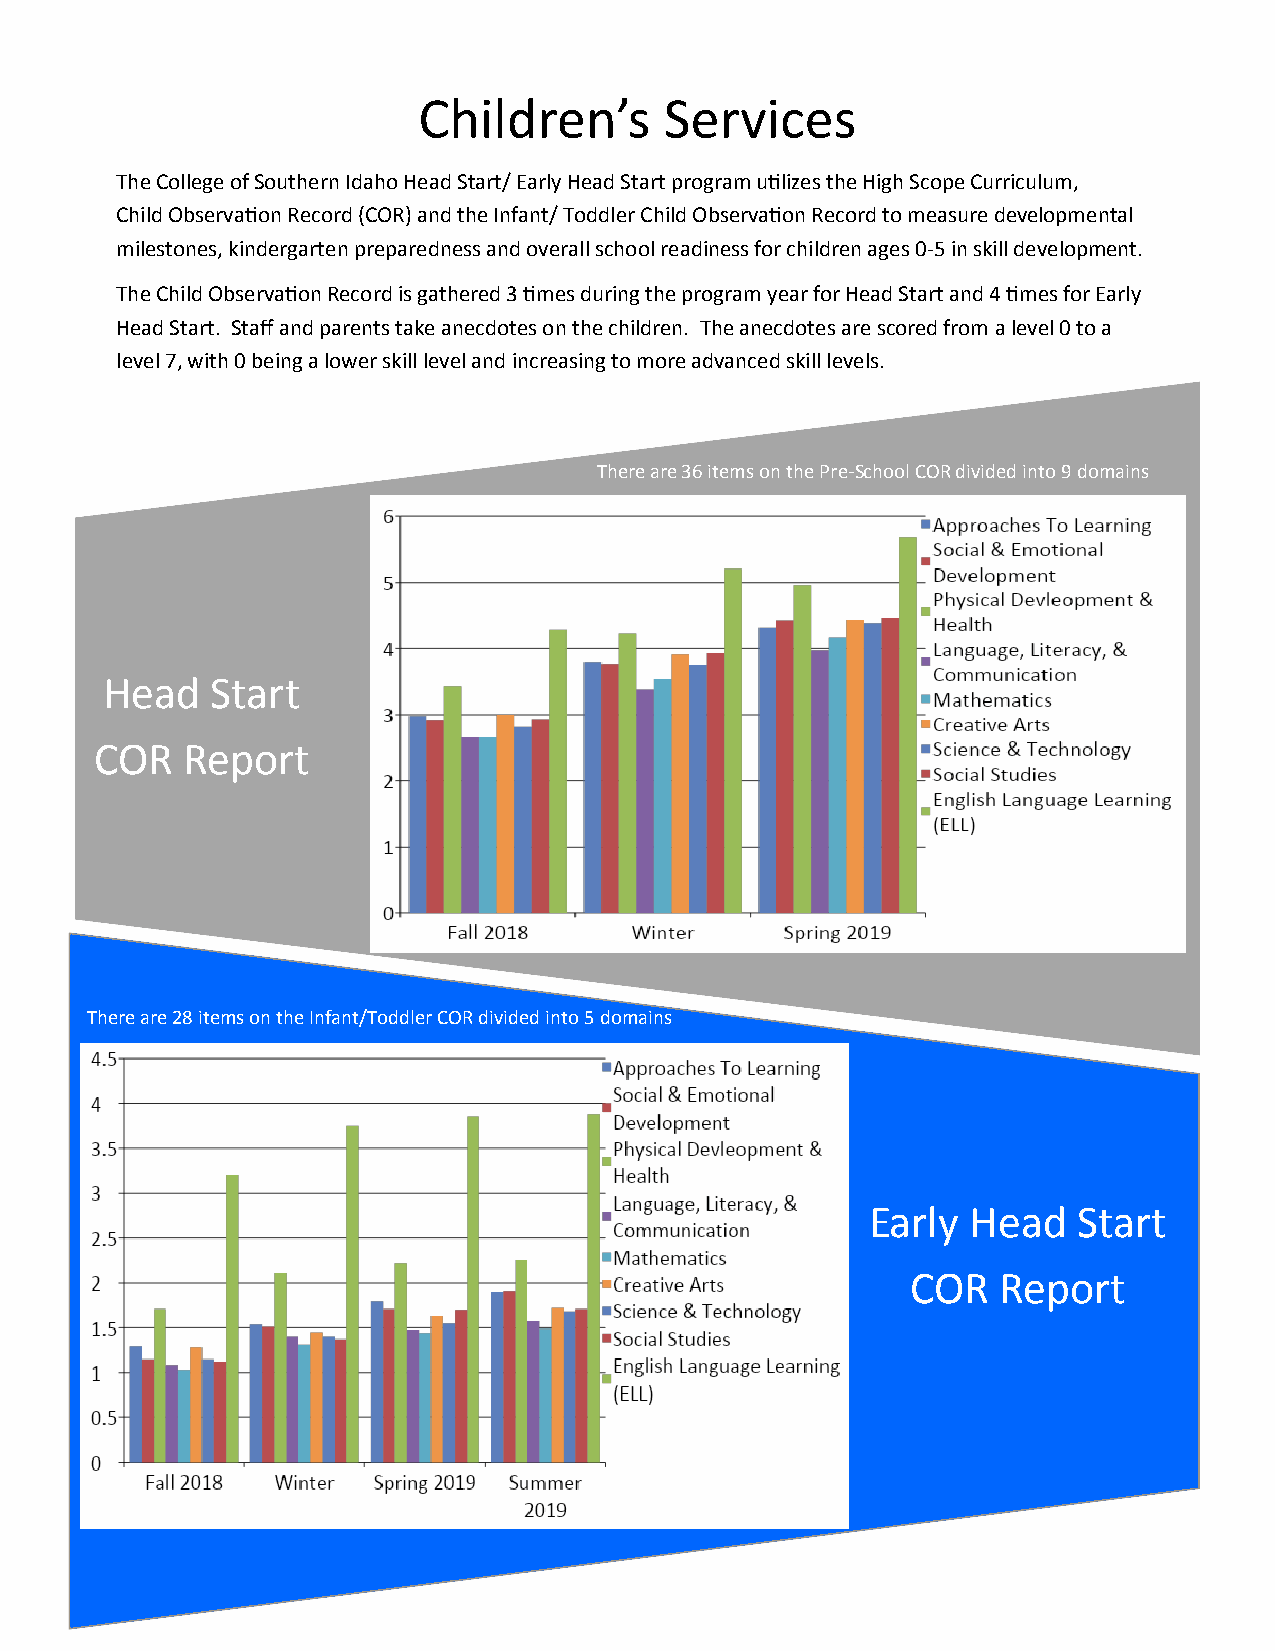
Children’s      Services
 The College of Southern Idaho Head Start/ Early Head Start program utilizes the High Scope Curriculum,
 Child Observation Record (COR) and the Infant/ Toddler Child Observation Record to measure developmental
 milestones, kindergarten preparedness and overall school readiness for children ages 0-5 in skill development.
 The Child Observation Record is gathered 3 times during the program year for Head Start and 4 times for Early
 Head Start. Staff and parents take anecdotes on the children. The anecdotes are scored from a level 0 to a
 level 7, with 0 being a lower skill level and increasing to more advanced skill levels.
 There are 36 items on the Pre-School COR divided into 9 domains
 Head   Start
 COR   Report
 There are 28 items on the Infant/Toddler COR divided into 5 domains
 Early Head   Start
 COR   Report